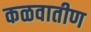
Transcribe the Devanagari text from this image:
कळवातीण